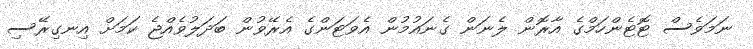
ނަމަވެސް ޓޮޓެންހަމްގެ އާރޮން ލެނަން ގެނައުމުން އެވަޓަންގެ އެރޭވުން ބަދަލުވެއްޖެ ކަމަށް އިނގިރޭސި